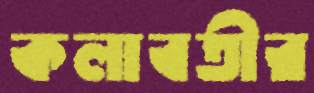
কলাবতীর